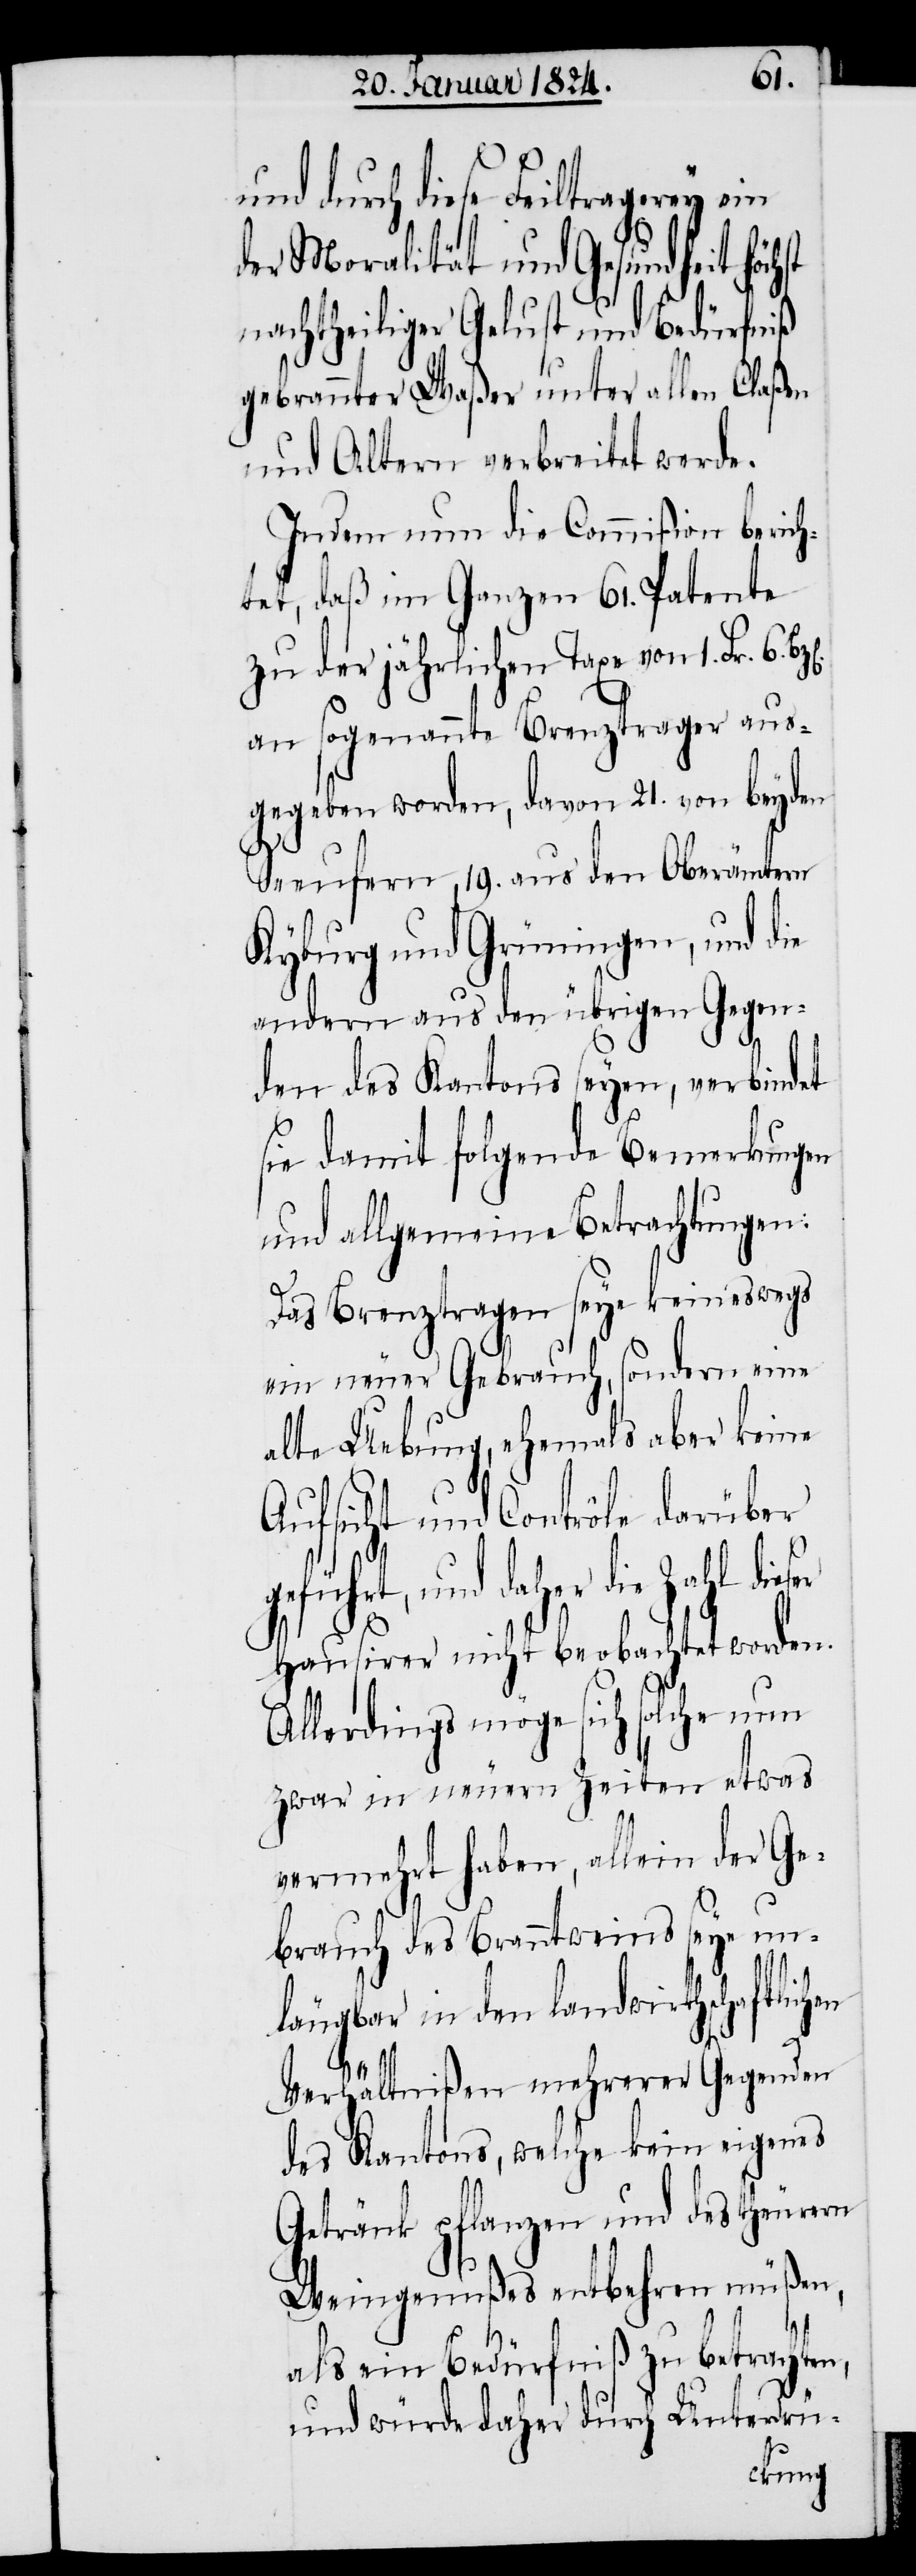
und durch diese Feiltragerey ein
der Moralität und Gesundheit höchst
nachtheiliger Gelust und Bedürfniß
gebrannter Waßer unter allen Claßen
und Altern verbreitet werde.
Indem nun die Commißion berich¬
tet, daß im Ganzen 61. Patente
zu der jährlichen Taxe von 1. Fr.
an sogenannte Brenztrager aus¬
gegeben worden, davon 21. von beyden
Seeufern, 19. aus den Oberämtern
Kyburg und Grüningen, und die
andern aus den übrigen Gegen¬
den des Kantons seyen, verbindet
sie damit folgende Bemerkungen
und allgemeine Betrachtungen:
Das Brenztragen seye keineswegs
ein neuer Gebrauch, sondern eine
alte Uebung, ehemals aber keine
Aufsicht und Contrôle darüber
führt, und daher die Zahl
Hausirer nicht beobachtet worden.
Allerdings möge sich solche nun
zwar in neuern Zeiten etwas
vermehrt haben, allein der Ge¬
brauch des Branntweins seye un¬
läugbar in den landwirthschaftlichen
Verhältnißen mehrerer Gegenden
des Kantons, welche kein eigenes
Getränk pflanzen und des theuren
Weingenußes entbehren müßen,
ge¬
als ein Bedürfniß zu betrachten,
und würde daher durch Unterdrü-